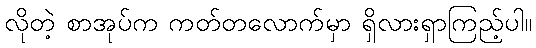
လိုတဲ့ စာအုပ်က ကတ်တလောက်မှာ ရှိလားရှာကြည့်ပါ။